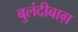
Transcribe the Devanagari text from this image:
बुलंदीबाग़